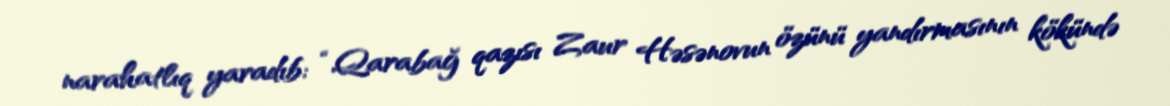
narahatlıq yaradıb: “Qarabağ qazısı Zaur Həsənovun özünü yandırmasının kökündə